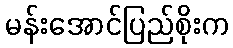
မန်းအောင်ပြည်စိုးက